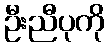
ဦးညီပုကို